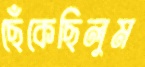
ছেঁকেছিলুম